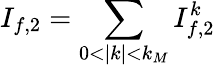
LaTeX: I_{f,2}=\sum_{0<|k|<k_{M}}I_{f,2}^{k}